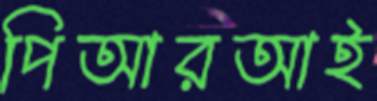
পিআরআই